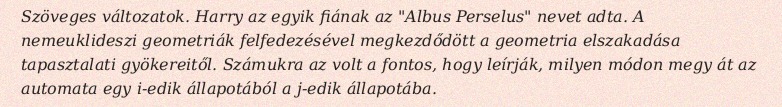
Szöveges változatok. Harry az egyik fiának az "Albus Perselus" nevet adta. A nemeuklideszi geometriák felfedezésével megkezdődött a geometria elszakadása tapasztalati gyökereitől. Számukra az volt a fontos, hogy leírják, milyen módon megy át az automata egy i-edik állapotából a j-edik állapotába.